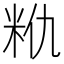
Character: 𮇈